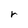
Character: r